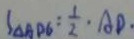
S _ { \Delta A D G } = \frac { 1 } { 2 } \cdot A D \cdot